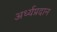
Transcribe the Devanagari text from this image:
अर्ध्यप्रदान